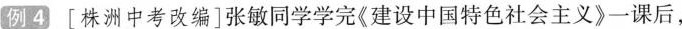
例4[株洲中考改编]张敏同学学完《建设中国特色社会主义》一课后，